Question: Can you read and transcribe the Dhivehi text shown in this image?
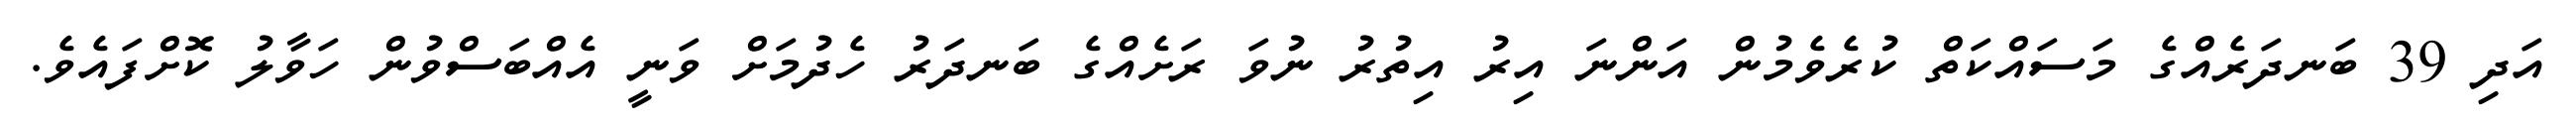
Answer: އަދި 39 ބަނދަރެއްގެ މަސައްކަތް ކުރެވެމުން އަންނަ އިރު އިތުރު ނުވަ ރަށެއްގެ ބަނދަރު ހެދުމަށް ވަނީ އެއްބަސްވުން ހަވާލު ކޮށްފައެވެ.